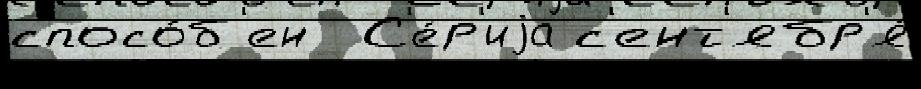
спосо́б'ен  С'е́р'иjа с'ент'ябр'я́